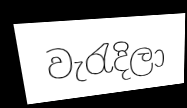
වැරැදිලා